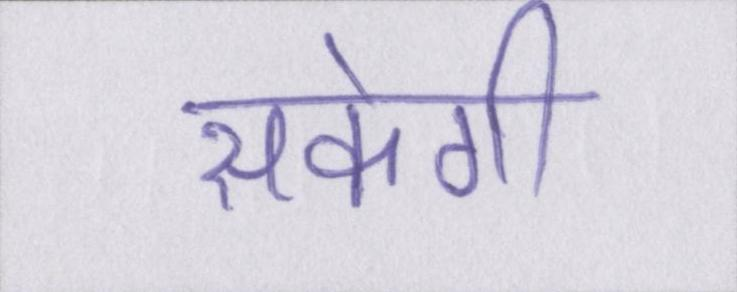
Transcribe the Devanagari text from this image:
सकेगी